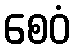
စေဝံ